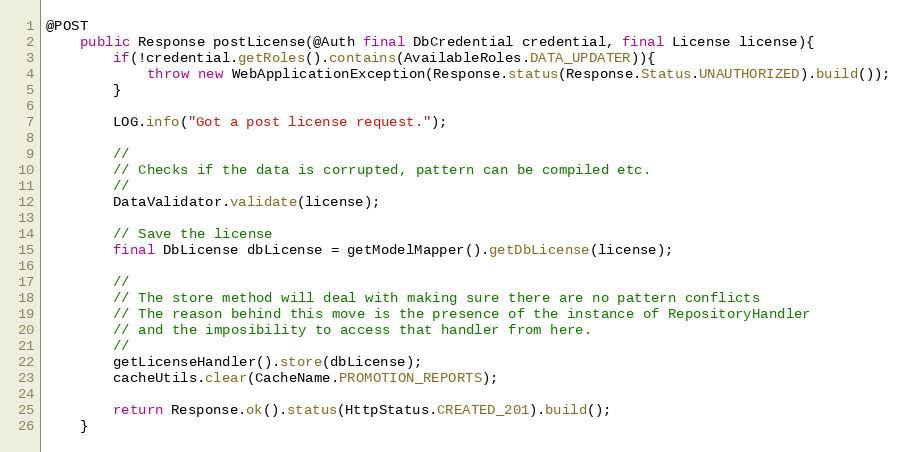
Language: Java
@POST
	public Response postLicense(@Auth final DbCredential credential, final License license){
        if(!credential.getRoles().contains(AvailableRoles.DATA_UPDATER)){
            throw new WebApplicationException(Response.status(Response.Status.UNAUTHORIZED).build());
        }

		LOG.info("Got a post license request.");

        //
        // Checks if the data is corrupted, pattern can be compiled etc.
        //
        DataValidator.validate(license);

        // Save the license
        final DbLicense dbLicense = getModelMapper().getDbLicense(license);

        //
        // The store method will deal with making sure there are no pattern conflicts
        // The reason behind this move is the presence of the instance of RepositoryHandler
        // and the imposibility to access that handler from here.
        //
        getLicenseHandler().store(dbLicense);
        cacheUtils.clear(CacheName.PROMOTION_REPORTS);

		return Response.ok().status(HttpStatus.CREATED_201).build();
	}